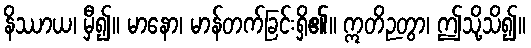
နိဿာယ၊ မှီ၍။ မာနော၊ မာန်တက်ခြင်းရှိ၏။ ဣတိဉတွာ၊ ဤသို့သိ၍။